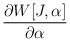
LaTeX: \begin{align*}\frac{\partial W[J,\alpha ]}{\partial \alpha }\end{align*}